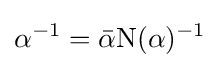
\alpha ^{-1}={\bar {\alpha }}\mathrm {N} (\alpha )^{-1}